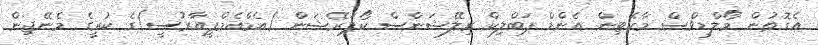
އެގޮތުން މޯލްޑިވްސް މާކެޓިން އެންޑް ޕަބްލިކް ރިލޭޝަންސް ކޯޕަރޭޝަން (އެމްއެމްޕީއާރުސީ)ގެ ކުރީގެ މެނޭޖިން